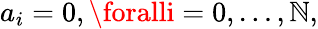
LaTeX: a_{i}=0,\foralli=0,\dots,\mathbb{N},